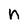
Character: n